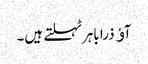
آﺅ ذرا باہرٹہلتے ہیں۔